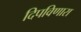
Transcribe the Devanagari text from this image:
दिपविणारा